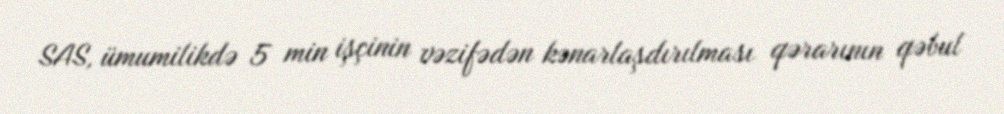
SAS, ümumilikdə 5 min işçinin vəzifədən kənarlaşdırılması qərarının qəbul